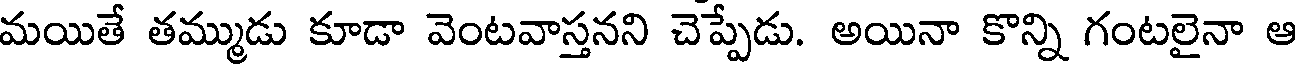
మయితే తమ్ముడు కూడా వెంటవాస్తనని చెప్పేడు. అయినా కొన్ని గంటలైనా ఆ